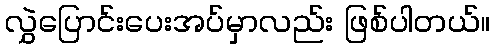
လွှဲပြောင်းပေးအပ်မှာလည်း ဖြစ်ပါတယ်။